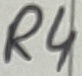
Text: R4